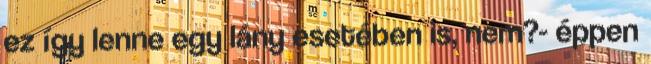
ez így lenne egy lány esetében is, nem?- éppen